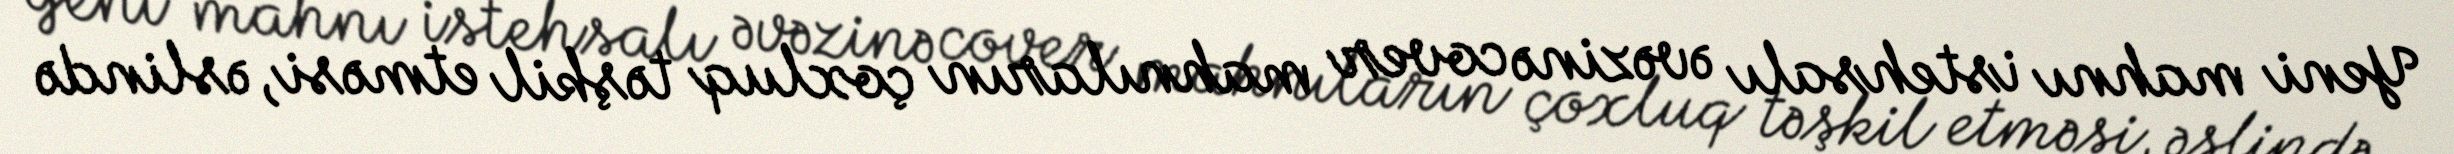
Yeni mahnı istehsalı əvəzinə cover mahnıların çoxluq təşkil etməsi, əslində